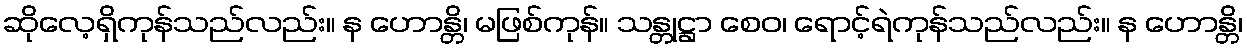
ဆိုလေ့ရှိကုန်သည်လည်း။ န ဟောန္တိ၊ မဖြစ်ကုန်။ သန္တုဋ္ဌာ စေဝ၊ ရောင့်ရဲကုန်သည်လည်း။ န ဟောန္တိ၊